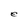
Character: e